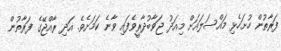
ފަރާތުން ހުށަހެޅިި މައްސަލައަށް މިއަދު ޖަވާބުދާރީވެފައި ވާނެ ކަމަށެވެ. އަދި ރާއްޖޭގެ ފަރާތުން